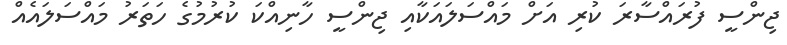
ޖިންސީ ފުރައްސާރަ ކުރި އަށް މައްސަލައަކާއި ޖިންސީ ހާނިއްކަ ކުރުމުގެ ހަތަރު މައްސަލައެއް